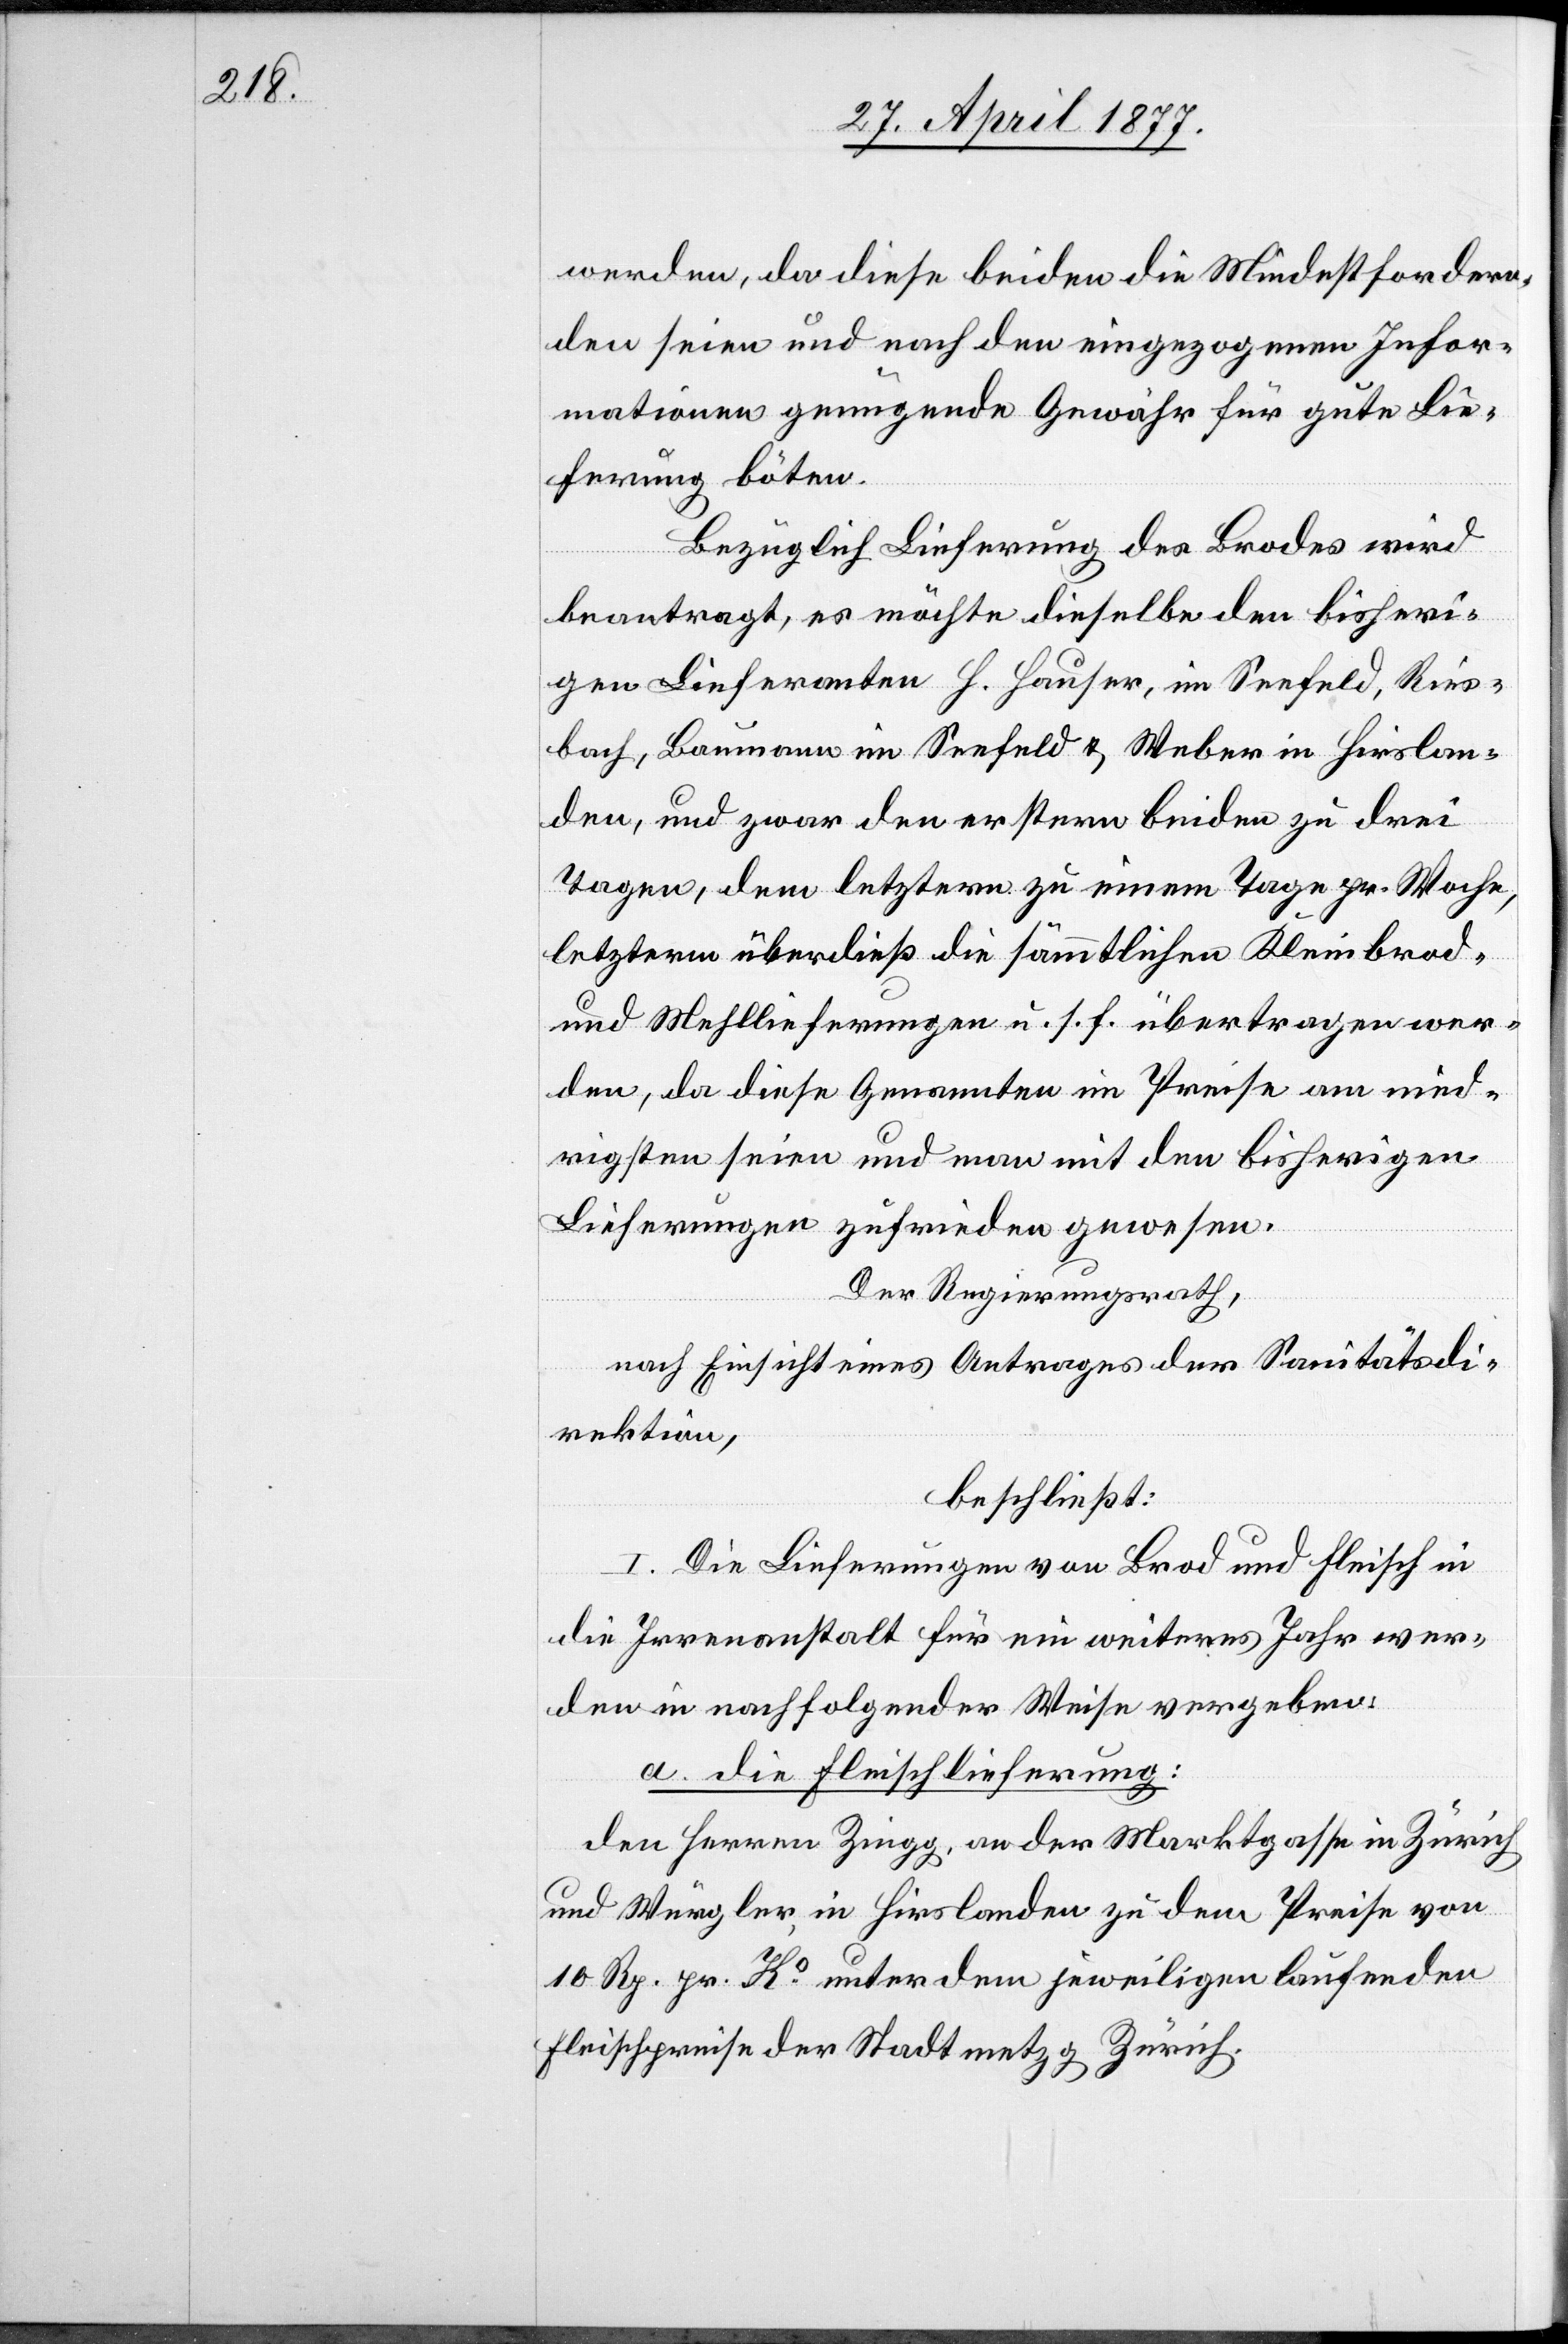
werden, da diese beiden die Mindestfordern¬
den seien und nach den eingezogenen Infor¬
mationen genügende Gewähr für gute Lie¬
ferung böten.
Bezüglich Lieferung des Brodes wird
beantragt, es möchte dieselbe den bisheri¬
gen Lieferanten H. Hauser, im Seefeld, Ries¬
bach, Baumann im Seefeld & Weber in Hirslan¬
den, und zwar den erstern beiden zu drei
Tagen, dem letztern zu einem Tage pr. Woche,
letzterm überdieß die sämmtlichen Kleinbrod-
und Mehllieferungen u. s. f. übertragen wer¬
den, da diese Genannten im Preise am nied¬
rigsten seien und man mit den bisherigen
Lieferungen zufrieden gewesen.
Der Regierungsrath,
nach Einsicht eines Antrages der Sanitätsdi¬
rektion,
beschließt:
I. Die Lieferungen von Brod und Fleisch in
die Irrenanstalt für ein weiteres Jahr wer¬
den in nachfolgender Weise vergeben:
a. Die Fleischlieferung:
den Herren Zingg, an der Marktgasse in Zürich,
und Würgler, in Hirslanden zu dem Preise von
10 Rp. pr. Ko unter den jeweiligen laufenden
Fleischpreise der Stadtmetzg Zürich.